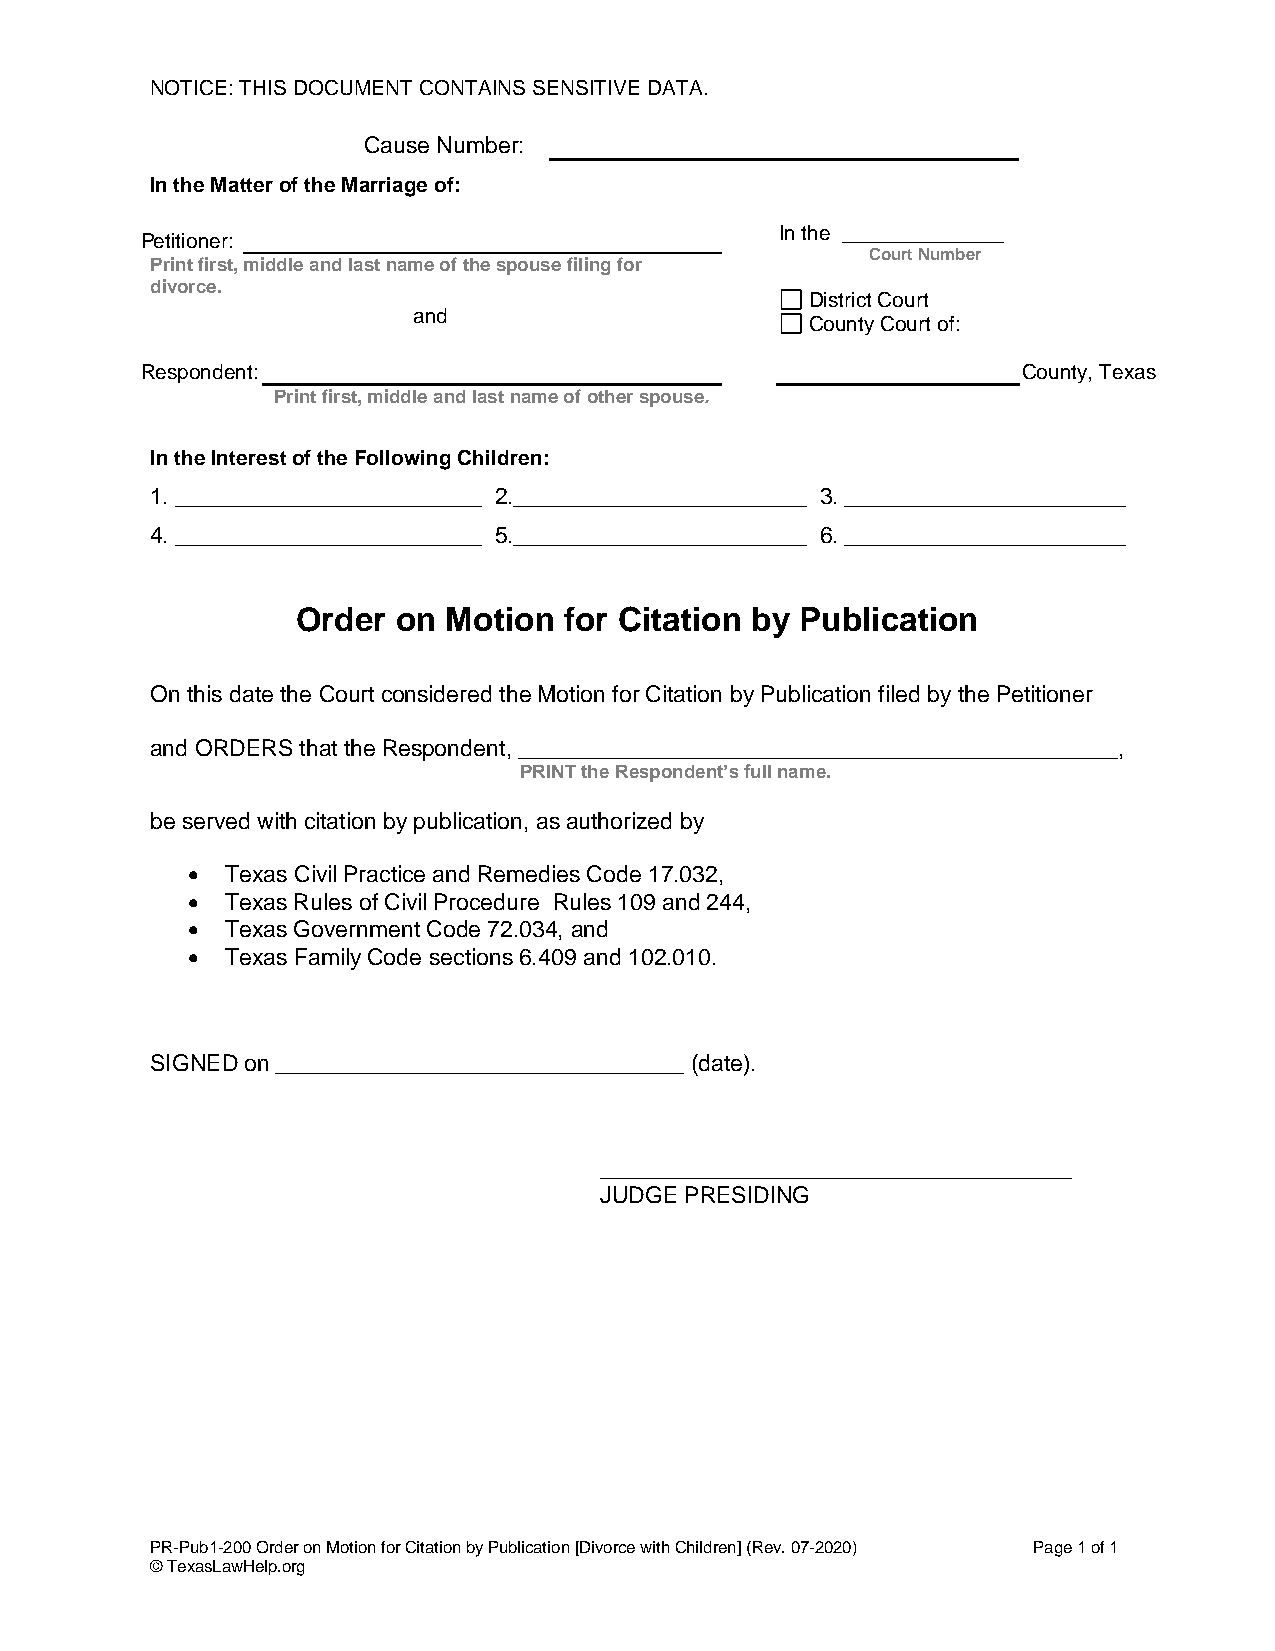
NOTICE: THIS DOCUMENT CONTAINS SENSITIVE DATA.
 Cause Number:
 In the Matter of the Marriage of:
 In the ______________
 Petitioner:
 Court Number
 Print first, middle and last name of the spouse filing for
 divorce.
 District Court
 and
 County Court of:
 Respondent:                                                County, Texas
 Print first, middle and last name of other spouse.
 In the Interest of the Following Children:
 1. ________________________ 2._______________________ 3. ______________________
 4. ________________________ 5._______________________ 6. ______________________
 Order on Motion  for Citation by Publication
 On this date the Court considered the Motion for Citation by Publication filed by the Petitioner
 and ORDERS that the Respondent, _______________________________________________,
 PRINT the Respondent’s full name.
 be served with citation by publication, as authorized by
   Texas Civil Practice and Remedies Code 17.032,
   Texas Rules of Civil Procedure Rules 109 and 244,
   Texas Government Code 72.034, and
   Texas Family Code sections 6.409 and 102.010.
 SIGNED on ________________________________ (date).
 _____________________________________
 JUDGE PRESIDING
 PR-Pub1-200 Order on Motion for Citation by Publication [Divorce with Children] (Rev. 07-2020) Page 1 of 1
 © TexasLawHelp.org